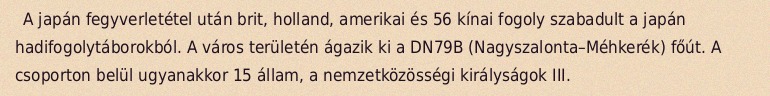
A japán fegyverletétel után brit, holland, amerikai és 56 kínai fogoly szabadult a japán hadifogolytáborokból. A város területén ágazik ki a DN79B (Nagyszalonta–Méhkerék) főút. A csoporton belül ugyanakkor 15 állam, a nemzetközösségi királyságok III.